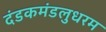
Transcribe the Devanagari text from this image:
दंडकमंडलुधरम